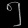
Digit: ၅